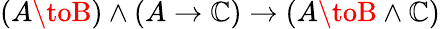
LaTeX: (A\toB)\land(A\to\mathbb{C})\to(A\toB\land\mathbb{C})